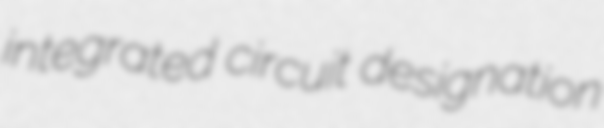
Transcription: integrated circuit designation